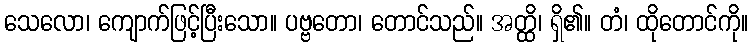
သေလော၊ ကျောက်ဖြင့်ပြီးသော။ ပဗ္ဗတော၊ တောင်သည်။ အတ္ထိ၊ ရှိ၏။ တံ၊ ထိုတောင်ကို။